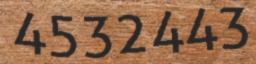
4532443